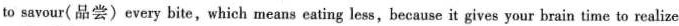
to savour(品尝) every bite,which means eating less,because it gives your brain time to realize